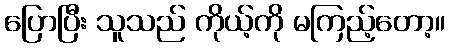
ပြောပြီး သူသည် ကိုယ့်ကို မကြည့်တော့။